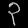
Digit: ၃